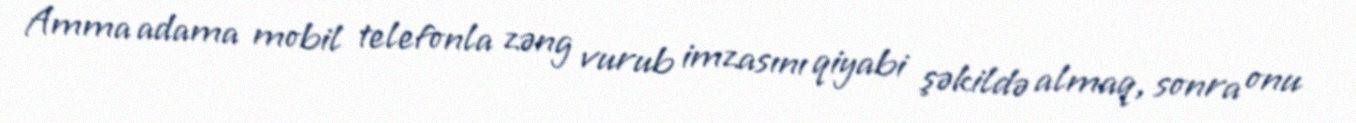
Amma adama mobil telefonla zəng vurub imzasını qiyabi şəkildə almaq, sonra onu